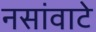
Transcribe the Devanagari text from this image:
नसांवाटे